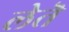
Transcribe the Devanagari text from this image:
लेतॆ